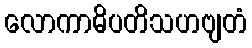
လောကာဓိပတိသဟဗျတံ